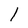
Character: l